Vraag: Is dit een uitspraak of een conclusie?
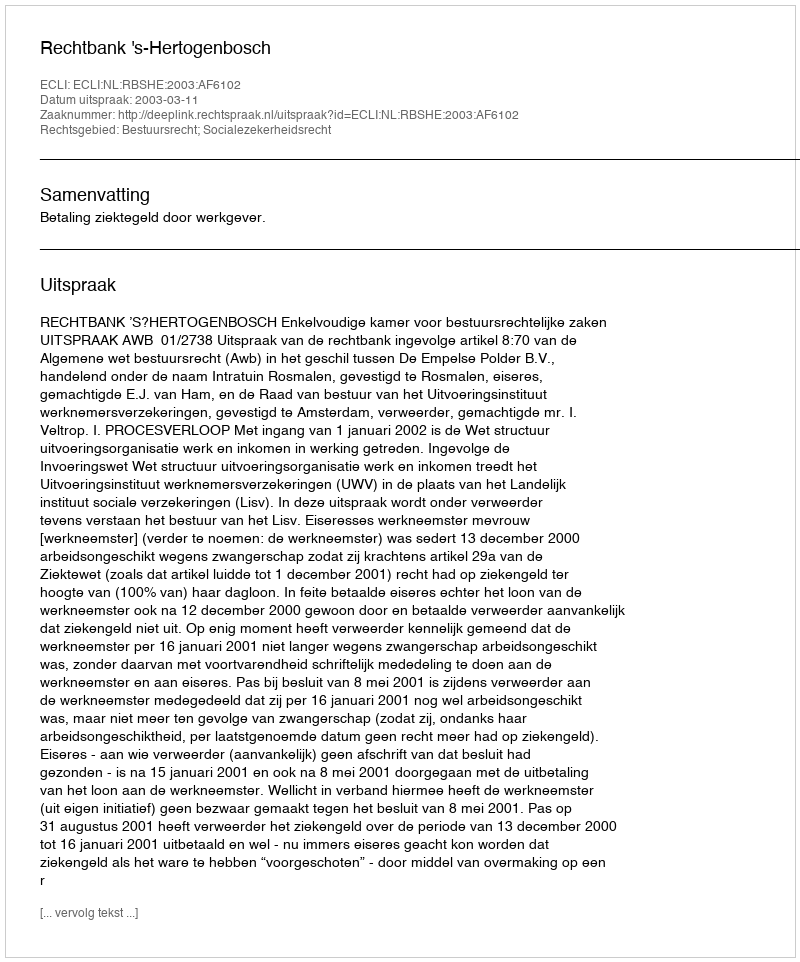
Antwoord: Uitspraak